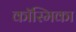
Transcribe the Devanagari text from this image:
कॉस्मिका